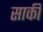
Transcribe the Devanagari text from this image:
सार्की